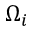
\Omega _ { i }